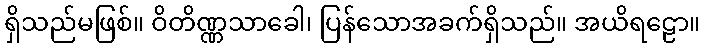
ရှိသည်မဖြစ်။ ဝိတိဏ္ဏသာခေါ၊ ပြန်သောအခက်ရှိသည်။ အယိရဠော။